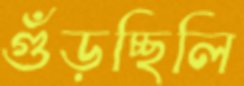
গুঁড়চ্ছিলি